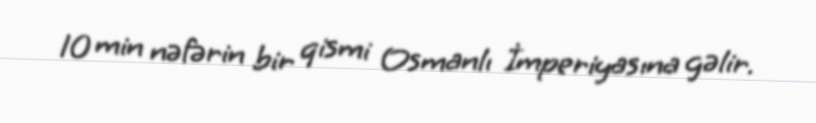
10 min nəfərin bir qismi Osmanlı İmperiyasına gəlir.